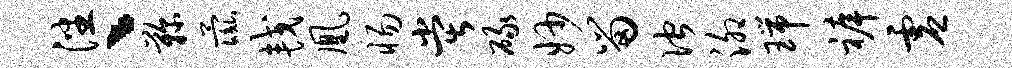
潘丶鞠彘较凰惕堂碌妙留伫泖瑞裤虚